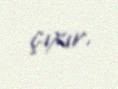
çıxır.